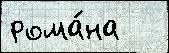
рома́на